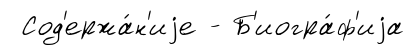
Сод'ержа́н'иjе - Б'иогра́ф'иjа